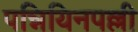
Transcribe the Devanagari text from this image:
पन्नियिनपल्ली